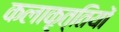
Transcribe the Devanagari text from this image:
कलाकृत्तियों